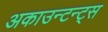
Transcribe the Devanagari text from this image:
अकाउन्टन्ट्स